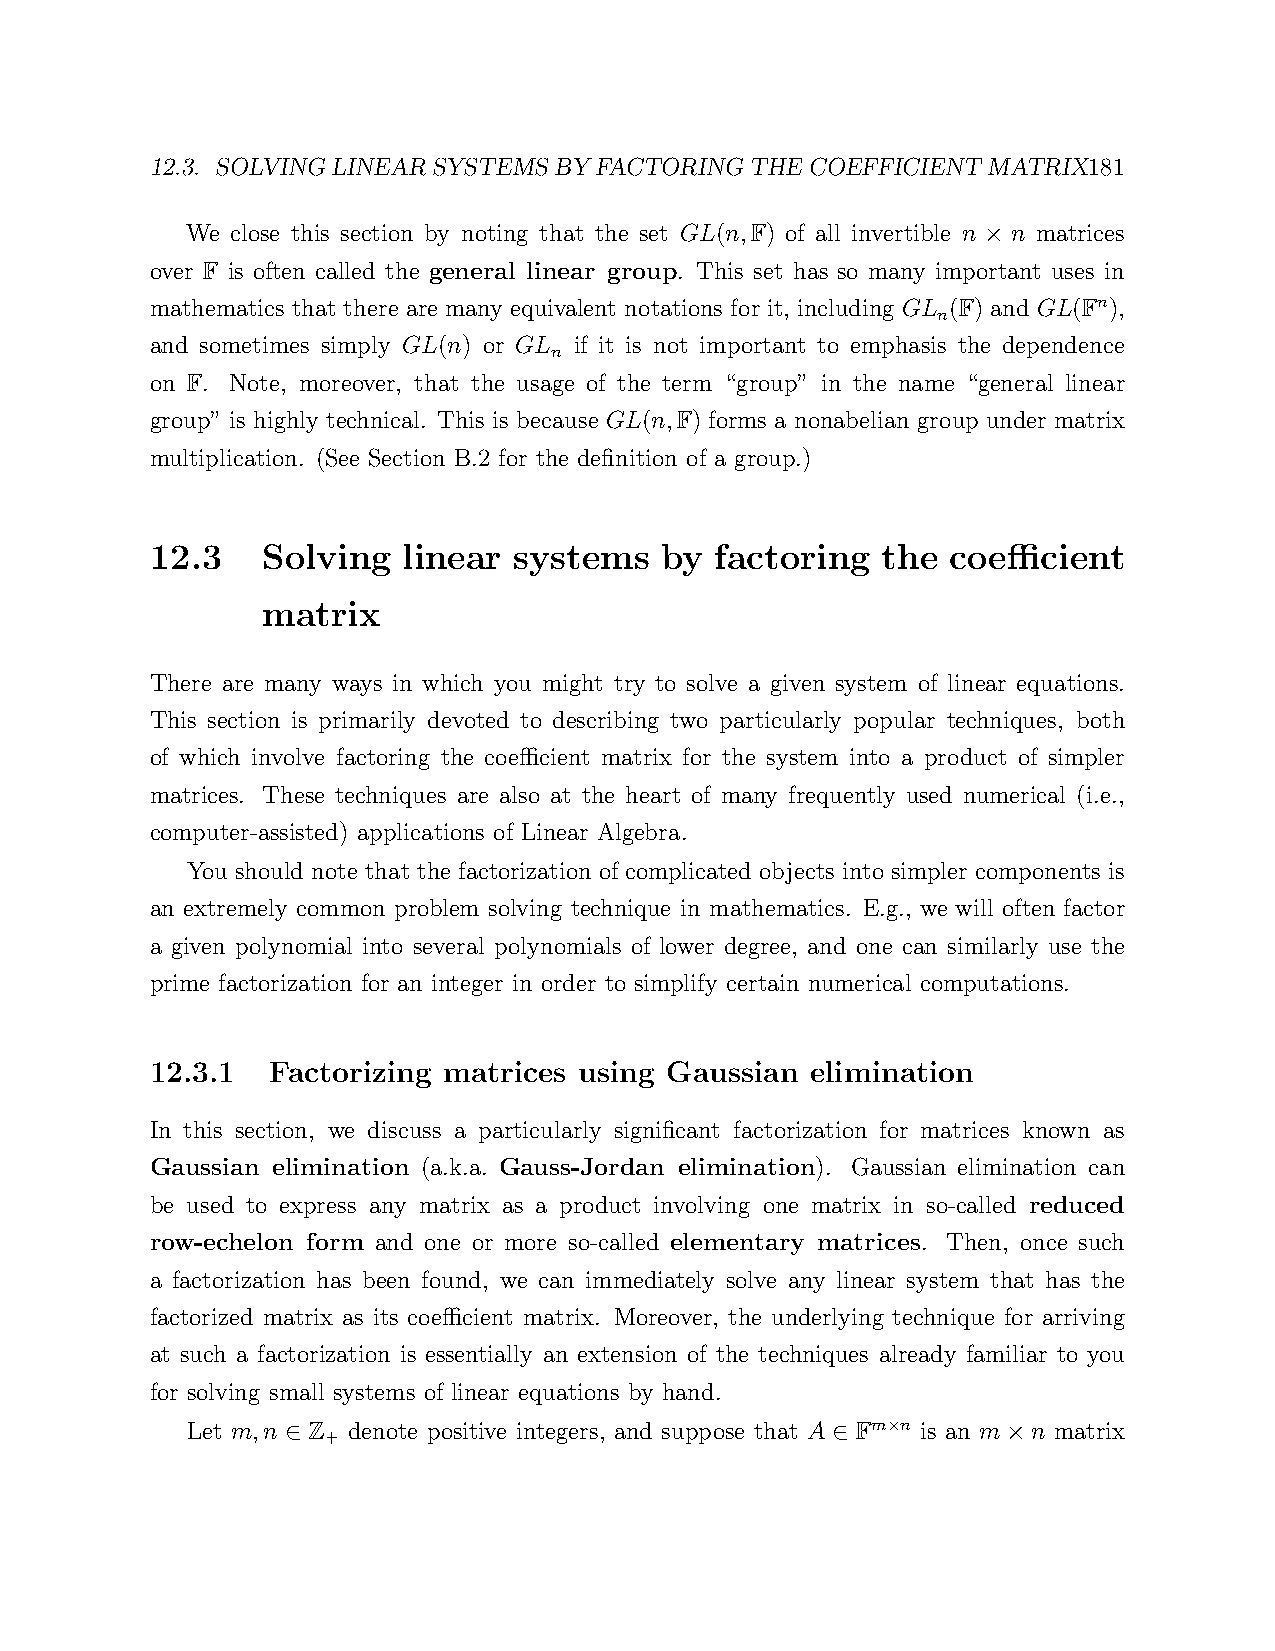
12.3. SOLVINGLINEARSYSTEMSBYFACTORINGTHECOEFFICIENT    MATRIX181
 We close this section by noting that the set GL(n,F) of all invertible n n matrices
 ×
 over F is often called the general linear group. This set has so many important uses in
 mathematics that there are many equivalent notations for it, including GL (F) and GL(Fn),
 n
 and sometimes simply GL(n) or GL if it is not important to emphasis the dependence
 n
 on F. Note, moreover, that the usage of the term “group” in the name “general linear
 group” is highly technical. This is because GL(n,F) forms a nonabelian group under matrix
 multiplication. (See Section B.2 for the definition of a group.)
 12.3   Solving   linear systems   by factoring  the  coefficient
 matrix
 There are many ways in which you might try to solve a given system of linear equations.
 This section is primarily devoted to describing two particularly popular techniques, both
 of which involve factoring the coefficient matrix for the system into a product of simpler
 matrices. These techniques are also at the heart of many frequently used numerical (i.e.,
 computer-assisted) applications of Linear Algebra.
 You should note that the factorization of complicated objects into simpler components is
 an extremely common problem solving technique in mathematics. E.g., we will often factor
 a given polynomial into several polynomials of lower degree, and one can similarly use the
 prime factorization for an integer in order to simplify certain numerical computations.
 12.3.1  Factorizing matrices using Gaussian elimination
 In this section, we discuss a particularly significant factorization for matrices known as
 Gaussian elimination (a.k.a. Gauss-Jordan elimination). Gaussian elimination can
 be used to express any matrix as a product involving one matrix in so-called reduced
 row-echelon form and one or more so-called elementary matrices. Then, once such
 a factorization has been found, we can immediately solve any linear system that has the
 factorized matrix as its coefficient matrix. Moreover, the underlying technique for arriving
 at such a factorization is essentially an extension of the techniques already familiar to you
 for solving small systems of linear equations by hand.
 Let m,n Z  denote positive integers, and suppose that A Fm n is an m n matrix
 +                                    ×
 ∈                                   ∈           ×